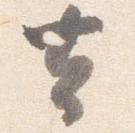
去